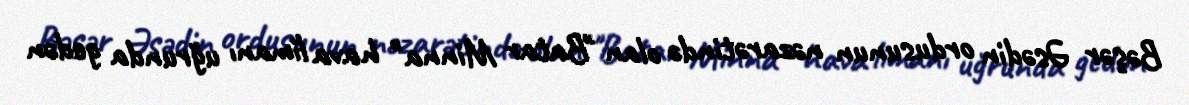
Bəşər Əsədin ordusunun nəzarətində olan "Batar Minna" hava limanı uğrunda gedən